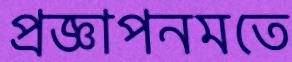
প্রজ্ঞাপনমতে